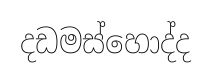
දඩමස්හොද්ද